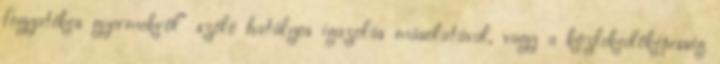
fogyatékos gyermekről” szóló hatályos igazolás másolatával, vagy a közlekedőképesség